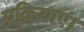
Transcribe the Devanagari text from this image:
प्रक्रियाएं।